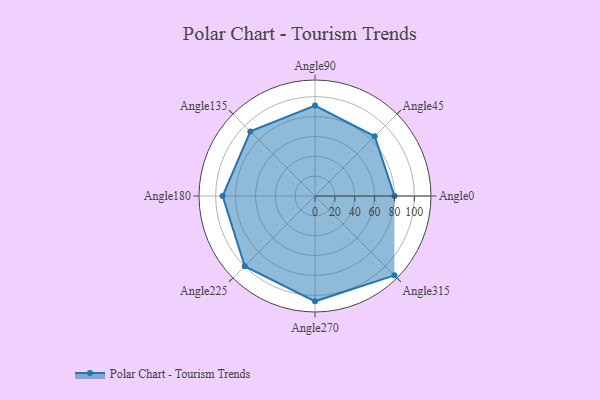
{"axis": {"x": "Angle", "y": "Radius"}, "legend": [""], "data": [{"x": "Angle0", "y": 80.0, "type": ""}, {"x": "Angle45", "y": 85.0, "type": ""}, {"x": "Angle90", "y": 91.0, "type": ""}, {"x": "Angle135", "y": 92.0, "type": ""}, {"x": "Angle180", "y": 93.0, "type": ""}, {"x": "Angle225", "y": 100.0, "type": ""}, {"x": "Angle270", "y": 106.0, "type": ""}, {"x": "Angle315", "y": 113.0, "type": ""}]}